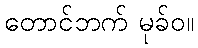
တောင်ဘက် မုခ်ဝ။